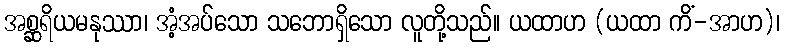
အစ္ဆရိယမနုဿာ၊ အံ့အပ်သော သဘောရှိသော လူတို့သည်။ ယထာဟ (ယထာ ကိံ-အာဟ)၊